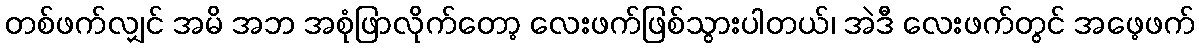
တစ်ဖက်လျှင် အမိ အဘ အစုံဖြာလိုက်တော့ လေးဖက်ဖြစ်သွားပါတယ်၊ အဲဒီ လေးဖက်တွင် အဖေ့ဖက်